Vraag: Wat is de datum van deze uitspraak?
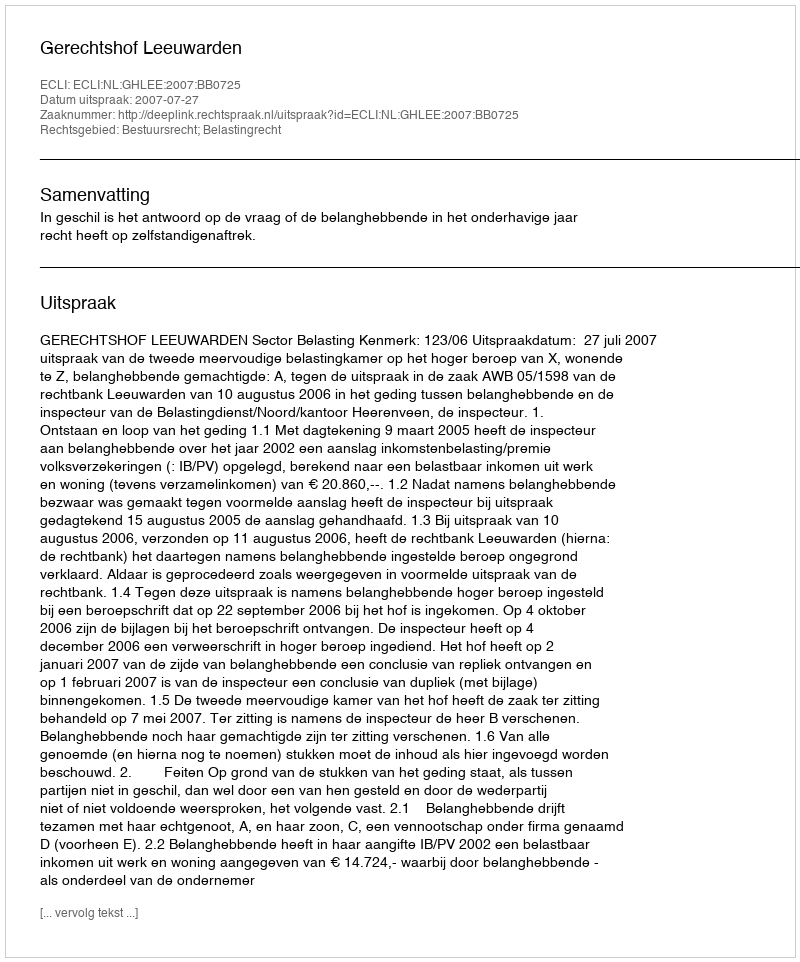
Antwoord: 2007-07-27